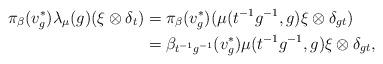
LaTeX: \begin{align*}\pi_\beta(v_g^*)\lambda_\mu(g)(\xi\otimes \delta_t)&=\pi_\beta(v_g^*)(\mu(t^{-1}g^{-1},g)\xi\otimes\delta_{gt})\\&=\beta_{t^{-1}g^{-1}}(v_g^*)\mu(t^{-1}g^{-1},g)\xi\otimes\delta_{gt},\end{align*}